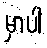
မှာပါ